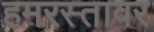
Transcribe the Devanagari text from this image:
हमरस्तावर